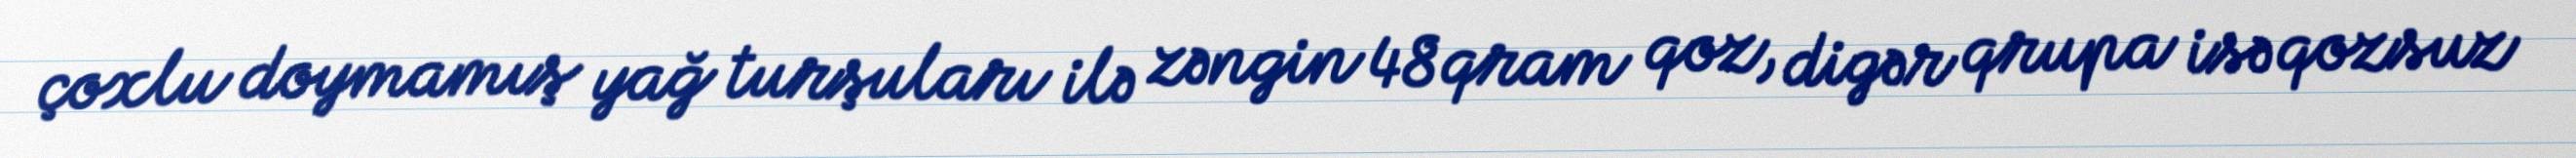
çoxlu doymamış yağ turşuları ilə zəngin 48 qram qoz, digər qrupa isə qozsuz